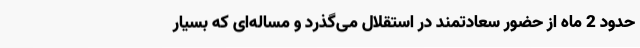
حدود 2 ماه از حضور سعادتمند در استقلال می‌گذرد و مساله‌ای که بسیار